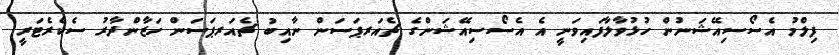
ފިލްމު އެސޯސިއޭޝަނުން ހުޅުވާލާފައިވަނީ އެ އެސޯސިއޭޝަންގެ ޗެއަރޕަސަން ނާއިބު ޗެއަރޕަސަން ހަޒާންދާރު ސެކެރެޓަރީ